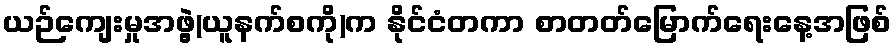
ယဉ်ကျေးမှုအဖွဲ့(ယူနက်စကို)က နိုင်ငံတကာ စာတတ်မြောက်ရေးနေ့အဖြစ်